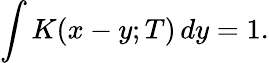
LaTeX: \int K(x-y;T)\, dy=1.